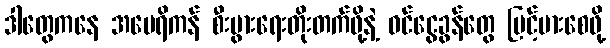
ဒါတွေကနေ အမေရိကန် စီးပွားရေးတိုးတက်ဖို့နဲ့ ဝင်ငွေခွန်တွေ မြင့်မားစေဖို့